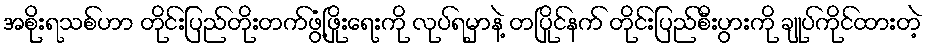
အစိုးရသစ်ဟာ တိုင်းပြည်တိုးတက်ဖွံ့ဖြိုးရေးကို လုပ်ရမှာနဲ့ တပြိုင်နက် တိုင်းပြည်စီးပွားကို ချုပ်ကိုင်ထားတဲ့